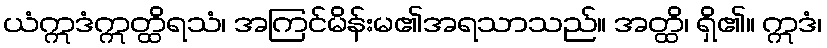
ယံဣဒံဣတ္ထိရသံ၊ အကြင်မိန်းမ၏အရသာသည်။ အတ္ထိ၊ ရှိ၏။ ဣဒံ၊